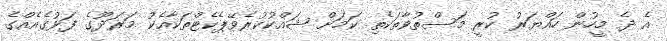
އެ ދެ މީހުން ހައްޔަރު ކުރީ މަސްތުވާތަކެތި ކަމަށް ޝައްކުކުރެވޭޕެކެޓްތަކާއެކު މަރަދޫގެ ފަޅުގެއެއްގެ